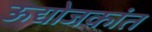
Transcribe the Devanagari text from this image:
ऊद्योजकांत